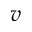
\boldsymbol { v }